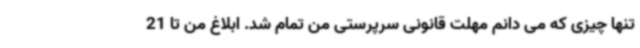
تنها چیزی که می دانم مهلت قانونی سرپرستی من تمام شد. ابلاغ من تا 21